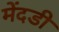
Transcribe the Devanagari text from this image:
मेंदडी